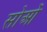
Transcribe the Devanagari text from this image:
सोओं